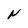
Character: N